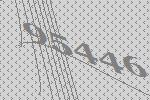
95446